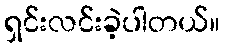
ရှင်းလင်းခဲ့ပါတယ်။